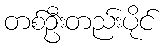
တစ်ဦးတည်းပိုင်